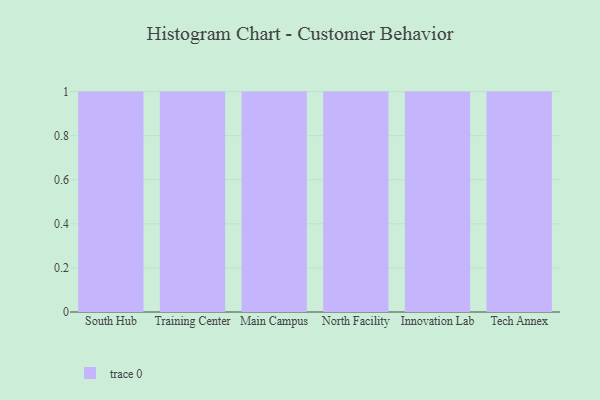
{"axis": {"x": "Campus", "y": "Market Share (%)"}, "legend": [""], "data": [{"x": "South Hub", "y": 15, "type": ""}, {"x": "Training Center", "y": 53, "type": ""}, {"x": "Main Campus", "y": 33, "type": ""}, {"x": "North Facility", "y": 89, "type": ""}, {"x": "Innovation Lab", "y": 63, "type": ""}, {"x": "Tech Annex", "y": 73, "type": ""}]}